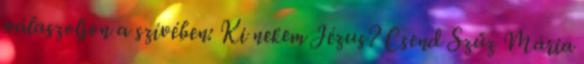
válaszoljon a szívében: Ki nekem Jézus? Csend Szűz Mária